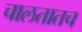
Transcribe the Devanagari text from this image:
चालतातच